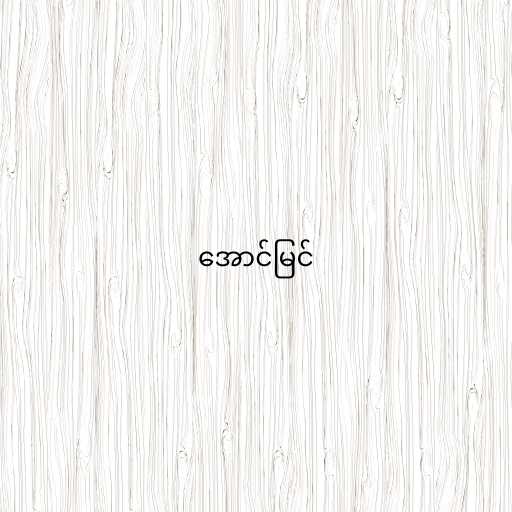
အောင်မြင်